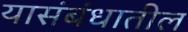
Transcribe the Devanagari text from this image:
यासंबंधातील